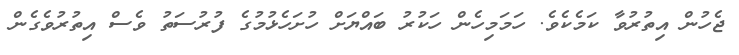
ޖެހުން އިތުރުވާ ކަމެކެވެ. ހަމަމިހެން ހަކުރު ބައްޔަށް ހުށަހެޅުމުގެ ފުރުސަތު ވެސް އިތުރުވެގެން